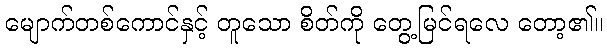
မျောက်တစ်ကောင်နှင့် တူသော စိတ်ကို တွေ့မြင်ရလေ တော့၏။